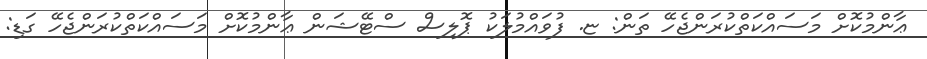
ޢާންމުކޮށް މަސައްކަތްކުރަންޖެހޭ ތަން: ޏ. ފުވައްމުލަކު ޕޮލިސް ސްޓޭޝަން ޢާންމުކޮށް މަސައްކަތްކުރަންޖެހޭ ގަޑި: